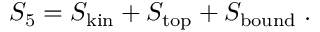
S _ { 5 } = S _ { \mathrm { k i n } } + S _ { \mathrm { t o p } } + S _ { \mathrm { b o u n d } } \; .